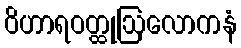
ဝိဟာရဝတ္ထုဩလောကနံ